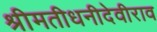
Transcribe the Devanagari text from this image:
श्रीमतीधनीदेवीराव